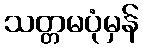
သတ္တမပုံမှန်